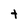
Character: t